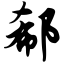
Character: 郗